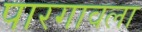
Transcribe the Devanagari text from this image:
पारगावला